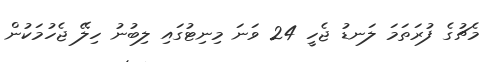
މެޗުގެ ފުރަތަމަ ލަނޑު ޖެހީ 24 ވަނަ މިނިޓުގައި ލިބުނު ހިލޭ ޖެހުމަކުން